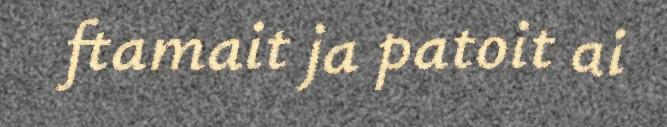
ftamait ja patoit ai